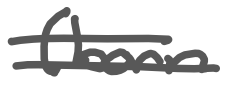
Text: (born
Cross-out: double-line
Writing tool: digital_gray